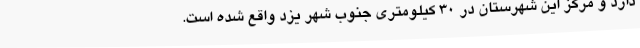
دارد و مرکز این شهرستان در ۳۰ کیلومتری جنوب شهر یزد واقع شده است.